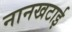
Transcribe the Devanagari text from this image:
नानखटाई